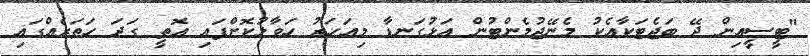
"ޓީސީއިން ދޭ ބަޖެޓަކާއެކު މެނޭޖުމެންޓުން އަޅުގަނޑާ މިއަހަރު ހަވާލުކޮށްފައި އޮތީ ގަދަ ހަތަރެއްގައި